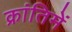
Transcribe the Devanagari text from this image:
क्रांतिमें